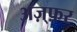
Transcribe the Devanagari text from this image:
अज़्फ़र